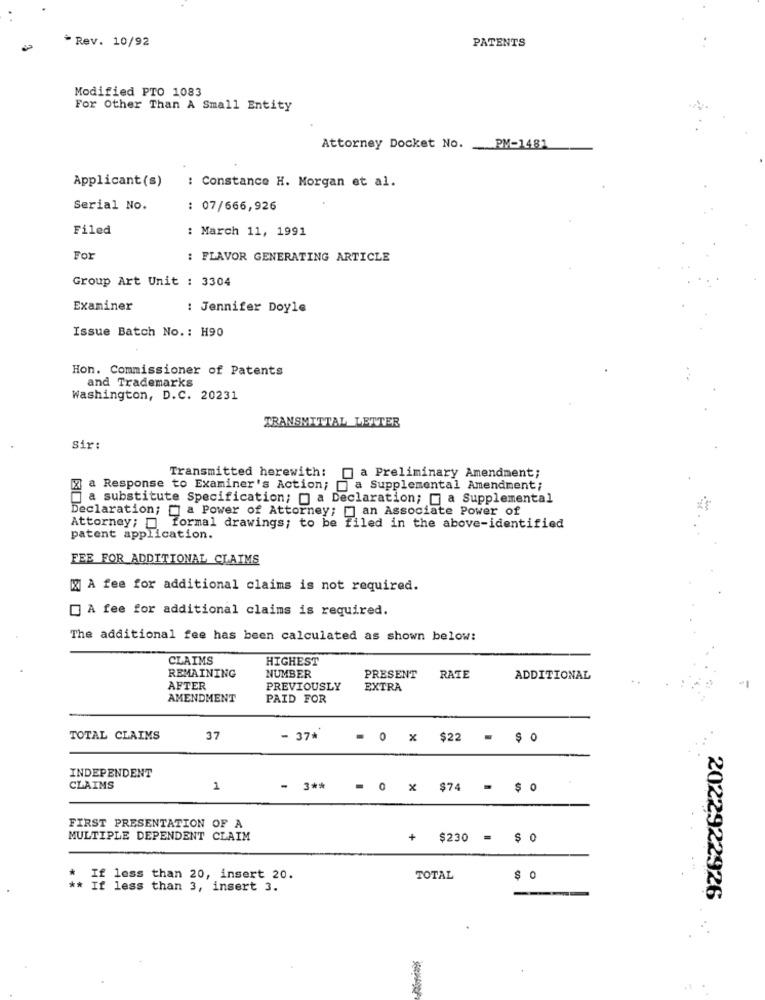
* Rev. 10/92
PATENTS
Modified PTO 1083
For Other Than A Small Entity
Attorney Docket No.
PM-1481
Applicant(s)
: Constance H. Morgan et al.
Serial No.
: 07/666,926
Filed
: March 11, 1991
For
: FLAVOR GENERATING ARTICLE
Group Art Unit : 3304
Examiner
: Jennifer Doyle
Issue Batch No. : H90
Hon. Commissioner of Patents
and Trademarks
Washington, D.C. 20231
TRANSMITTAL LETTER
Sir:
Transmitted herewith:
a Preliminary Amendment;
a Response to Examiner's Action; a Supplemental Amendment;
a substitute Specification; " a Declaration; = a Supplemental
Declaration; " a Power of Attorney; ] an Associate Power of
Attorney; formal drawings; to be filed in the above-identified
patent application.
FEE FOR ADDITIONAL CLAIMS
[2] A fee for additional claims is not required.
A fee for additional claims is required.
The additional fee has been calculated as shown below:
CLAIMS
HIGHEST
REMAINING
NUMBER
PRESENT
RATE
ADDITIONAL
AFTER
PREVIOUSLY
EXTRA
AMENDMENT
PAID FOR
TOTAL CLAIMS
37
- 37*
= 0 x $22 = $ 0
INDEPENDENT
CLAIMS
1
- 3 ** = 0 X $74 = $
FIRST PRESENTATION OF A
MULTIPLE DEPENDENT CLAIM
$230 = $ 0
If less than 20, insert 20.
TOTAL
$ 0
If less than 3, insert 3.
2022922926